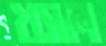
খসাল